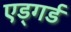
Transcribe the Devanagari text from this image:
एड्गर्ड